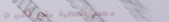
مطعم الفاكهة يقدم أشهى ال